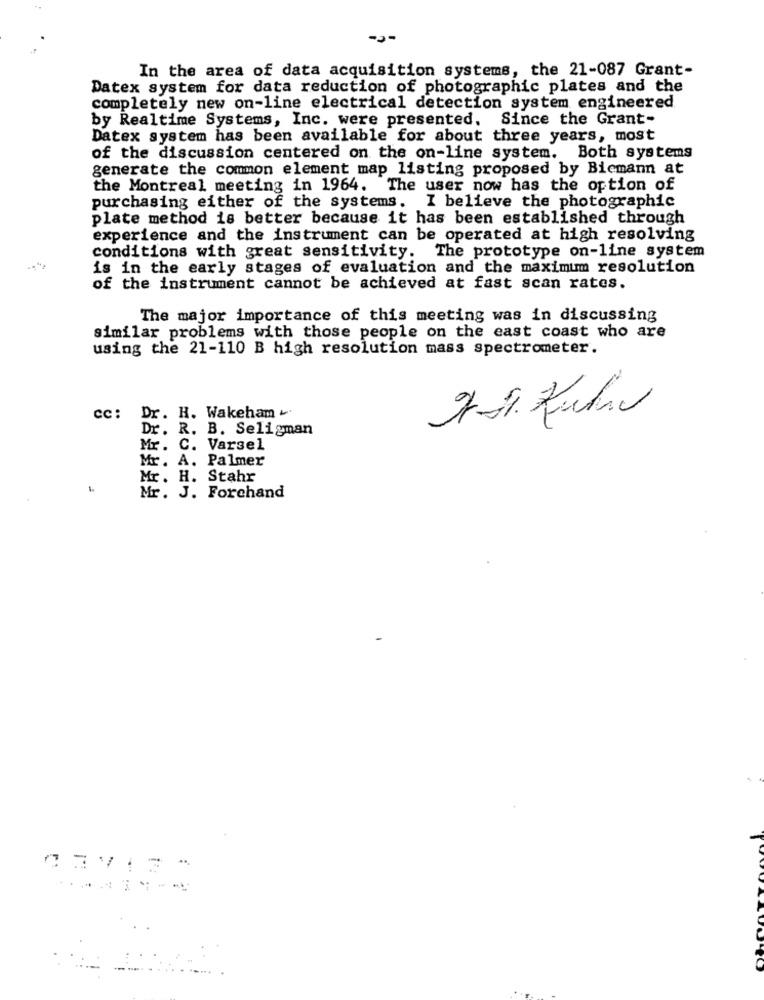
In the area of data acquisition systems, the 21-087 Grant-
Datex system for data reduction of photographic plates and the
completely new on-line electrical detection system engineered
by Realtime Systems, Inc. were presented. Since the Grant-
Datex system has been available for about three years, most
of the discussion centered on the on-line system. Both systems
generate the common element map listing proposed by Biemann at
the Montreal meeting in 1964. The user now has the option of
purchasing either of the systems. I believe the photographic
plate method is better because it has been established through
experience and the instrument can be operated at high resolving
conditions with great sensitivity. The prototype on-line system
is in the early stages of evaluation and the maximum resolution
of the instrument cannot be achieved at fast scan rates.
The major importance of this meeting was in discussing
similar problems with those people on the east coast who are
using the 21-110 B high resolution mass spectrometer.
cc: Dr. H. Wakeham-
Dr. R. B. Seligman
Mr. C. Varsel
Mr. A. Palmer
Mr. H. Stahr
Mr. J. Forchand